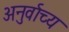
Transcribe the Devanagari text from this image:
अनुर्वाच्य